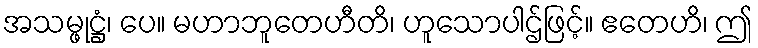
အသမ္ဖုဋ္ဌံ၊ ပေ။ မဟာဘူတေဟီတိ၊ ဟူသောပါဌ်ဖြင့်။ ဧတေဟိ၊ ဤ